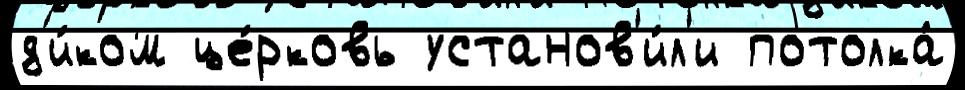
д'и́ком це́рковь установ'и́л'и потолка́